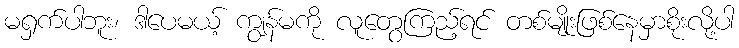
မရှက်ပါဘူး၊ ဒါပေမယ့် ကျွန်မကို လူတွေကြည့်ရင် တစ်မျိုးဖြစ်နေမှာစိုးလို့ပါ